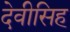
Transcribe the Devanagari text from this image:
देवीसिह